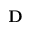
\mathbf { D }